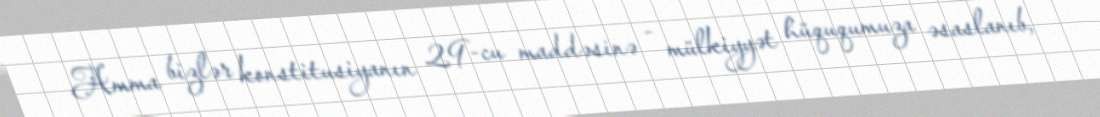
Amma bizlər konstitusiyanın 29-cu maddəsinə - mülkiyyət hüququmuza əsaslanıb,